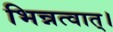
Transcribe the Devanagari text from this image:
भिन्नत्वात्।